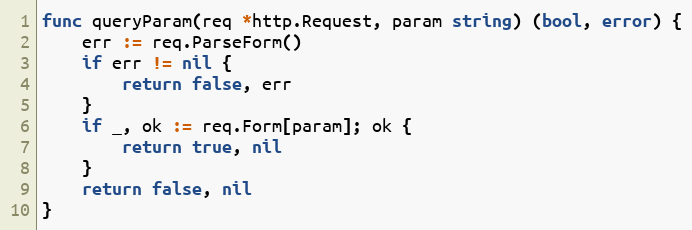
Language: Go
func queryParam(req *http.Request, param string) (bool, error) {
	err := req.ParseForm()
	if err != nil {
		return false, err
	}
	if _, ok := req.Form[param]; ok {
		return true, nil
	}
	return false, nil
}